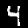
Label: 4